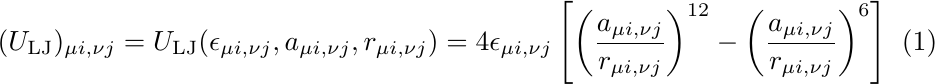
\begin{equation}
\label{eq:LJ}
(U_{\rm LJ})_{{\mu}i,{\nu}j} =
U_{\rm LJ}(\epsilon_{{\mu}i,{\nu}j},a_{{\mu}i,{\nu}j},r_{{\mu}i,{\nu}j})=
4\epsilon_{{\mu}i,{\nu}j}
\left[\left(\frac{a_{{\mu}i,{\nu}j}}{r_{{\mu}i,{\nu}j}}\right)^{12}
-\left(\frac{a_{{\mu}i,{\nu}j}}{r_{{\mu}i,{\nu}j}}\right)^{6}\right]
\end{equation}